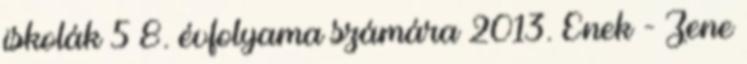
iskolák 5 8. évfolyama számára 2013. Ének - Zene